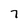
Character: 7